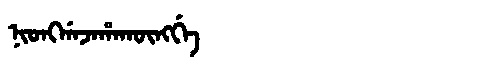
Manchu: ᠨᡳᠣᠩᡤᠠᠵᠠᡥᠠᡴᡡᠩᡤᡝ
Romanization: NIONGGAJAHAKŪNGGE